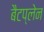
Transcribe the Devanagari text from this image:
बैटप्लेन